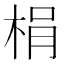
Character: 梋